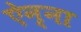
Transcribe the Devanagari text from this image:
ऐन्ना